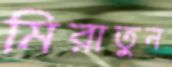
মিরাতুন